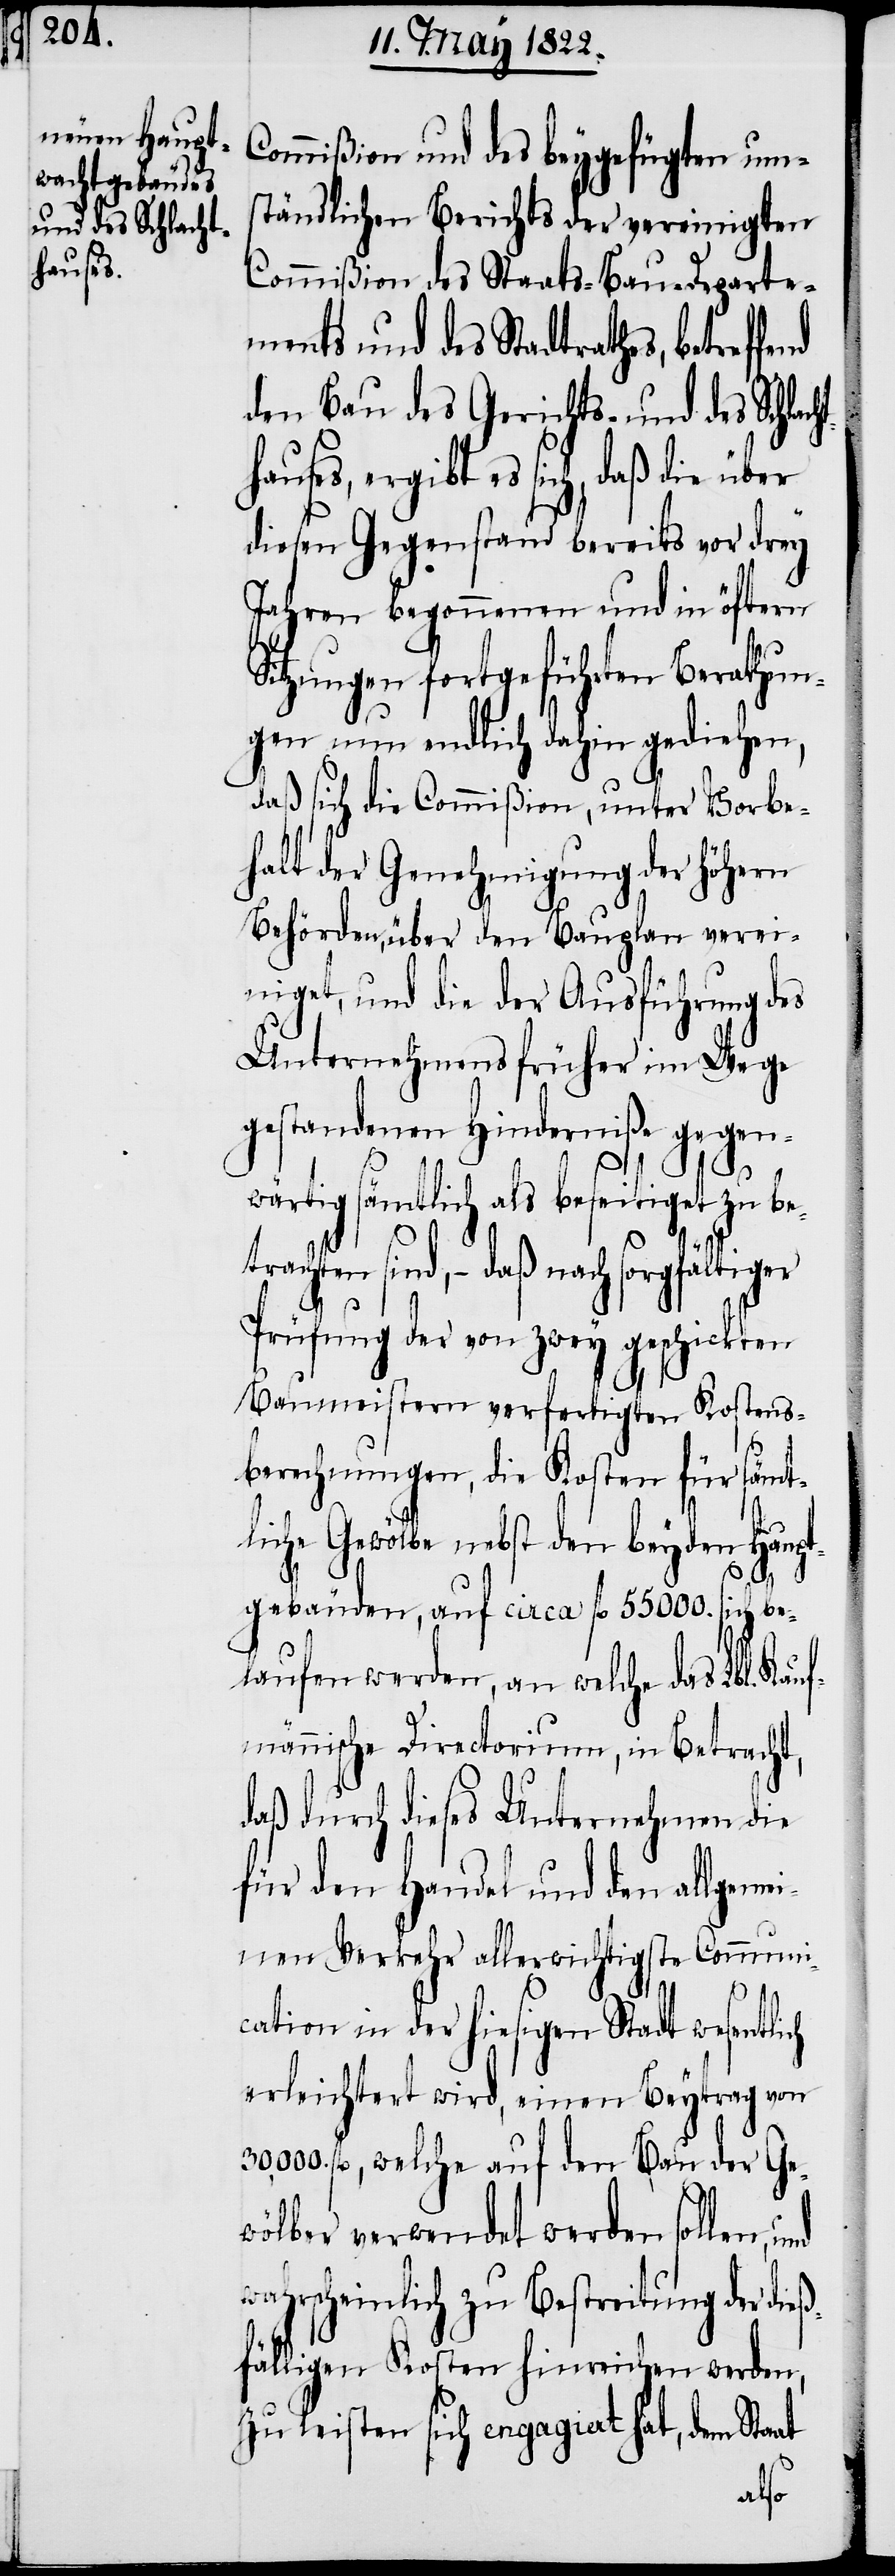
ch

hauses,

Commißion und des beygefügten um¬
ständlichen Berichts der vereinigten
Commißion des Staats-Bau-Departe¬
ments und des Stadtrathes, betreff¬
den Bau des Gerichts- und des Schlac¬
ergibt es sich, daß die über
diesen Gegenstand bereits vor drey
Jahren begonnenen und in öftern
Sitzungen fortgeführten Berathun¬
gen nun endlich dahin gediehen,
daß sich die Commißion, unter Vorbe¬
halt der Genehmigung der höhern
Behörden, über den Bauplan verei¬
niget, und die der Ausführung des
Unternehmens früher im Wege
gestandenen Hinderniße gegen¬
wärtig sämtlich als beseitigt zu be¬
ten sind, – daß nach sorgfältiger
Prüfung der von zwey geschickten
Baumeistern verfertigten Kostens¬
berechnungen, die Kosten für sämt¬
ht¬
liche Gewölbe nebst den beyden Haupt¬
gebäuden, auf circa fl. 55000. sich be¬
laufen werden, an welche das Lbl. Kauf¬
männische Directorium, in Betracht,
daß durch dieses Unternehmen die
für den Handel und den allgeme¬
inen Verkehr allerwichtigste Communi¬
cation in der hiesigen Stadt wesentli¬
erleichtert wird, einen Beytrag von
30,000. fl, welche auf den Bau der Ge¬
wölber verwendet werden sollen,
wahrscheinlich zu Bestreitung der die¬
ßfälligen Kosten hinreichen werden,
zu leisten sich engagiert hat, dem Sta¬
at